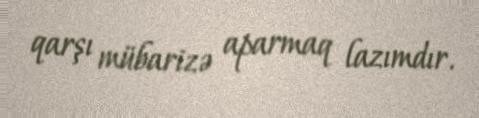
qarşı mübarizə aparmaq lazımdır.